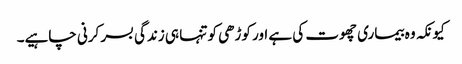
کیونکہ وہ بیماری چھوت کی ہے اور کوڑھی کو تنہا ہی زندگی بسر کرنی چاہیے۔